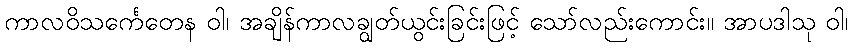
ကာလဝိသင်္ကေတေန ဝါ၊ အချိန်ကာလချွတ်ယွင်းခြင်းဖြင့် သော်လည်းကောင်း။ အာပဒါသု ဝါ၊